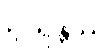
ဥဂ္ဂိရန္တဿ